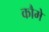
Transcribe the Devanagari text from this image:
कौमे